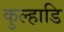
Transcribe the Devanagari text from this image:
कुल्हाडि